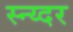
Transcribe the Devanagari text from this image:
स्न्य्दर